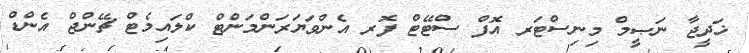
ޚަދީޖާ ނަޞީމް މިނިސްޓަރ އޮފް ސްޓޭޓް ފޮރ އެންވަޔަރަންމަންޓް ކްލައިމެޓް ޗޭންޖް އެންޑް